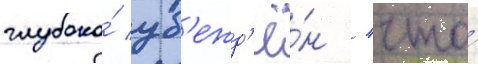
глубоко́ уб'ежд'ё́н / что́